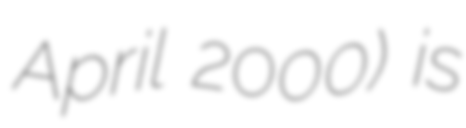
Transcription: April 2000) is